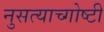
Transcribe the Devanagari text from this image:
नुसत्याच्गोष्टी